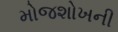
મોજશોખની